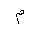
Letter: _mim